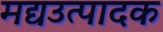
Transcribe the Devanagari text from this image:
मद्यउत्पादक